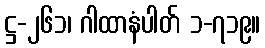
ဋ္ဌ-၂၆၁၊ ဂါထာနံပါတ် ၁-၇၁၉။